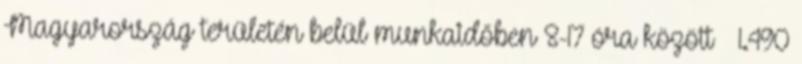
Magyarország területén belül munkaidőben 8-17 óra között – 1.490